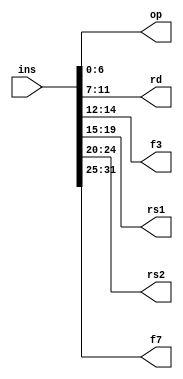
module instruction(
  input [31:0] ins,
  output [6:0] op,
  output [4:0] rd,
  output [2:0] f3,
  output [4:0] rs1,
  output [4:0] rs2,
  output [6:0] f7
  
);
  assign op = ins[6:0];
  assign rd = ins[11:7];
  assign f3 = ins[14:12];
  assign rs1 = ins[19:15];
  assign rs2 = ins[24:20];
  assign f7 = ins[31:25];
  
  
  endmodule